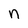
Character: n